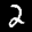
Label: 2